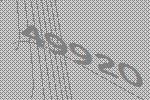
49920